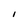
Character: I